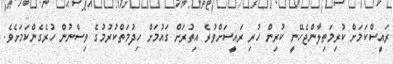
ރައީސްކަމަށް ކުރިމަތިލާންޖެހޭނީ ކުރިން ހުރި ރައީސަށްވުރެ އިތުރަށް ގައުމަށް ހިދުމަތްކުރުމުގެ ވިސްނުން ހުރެގެންކަމަށެވެ.